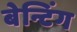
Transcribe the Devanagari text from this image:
बेन्टिंग